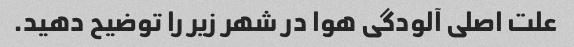
علت اصلی آلودگی هوا در شهر زیر را توضیح دهید.